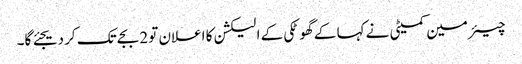
چیئرمین کمیٹی نے کہا کے گھوٹکی کے الیکشن کا اعلان تو 2 بجے تک کر دیجئے گا۔